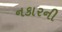
નકારની